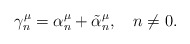
\begin{align*}\gamma_n^\mu=\alpha_n^\mu+\tilde{\alpha}_n^\mu,~~~n \neq 0.\end{align*}